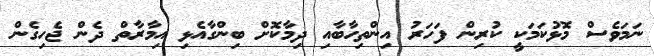
ނަމަވެސް މޮޅުކަމަކީ ކުރިން ފަހަރު އިންތިހާބާއި ދިމާކޮށް ބިންގާއެޅި އިމާރާތް ދެން ޖެހިގެން